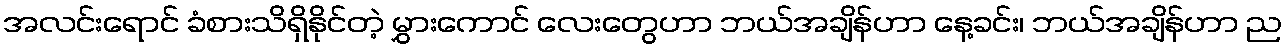
အလင်းရောင် ခံစားသိရှိနိုင်တဲ့ မွှားကောင် လေးတွေဟာ ဘယ်အချိန်ဟာ နေ့ခင်း၊ ဘယ်အချိန်ဟာ ည